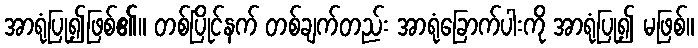
အာရုံပြု၍ဖြစ်၏။ တစ်ပြိုင်နက် တစ်ချက်တည်း အာရုံခြောက်ပါးကို အာရုံပြု၍ မဖြစ်။